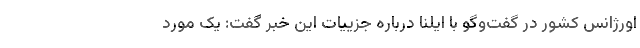
اورژانس کشور در گفت‌وگو با ایلنا درباره جزییات این خبر گفت: یک مورد